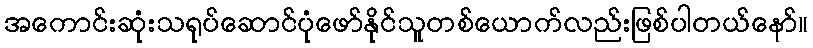
အကောင်းဆုံးသရုပ်ဆောင်ပုံဖော်နိုင်သူတစ်ယောက်လည်းဖြစ်ပါတယ်နော်။